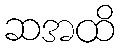
ဆအထိ